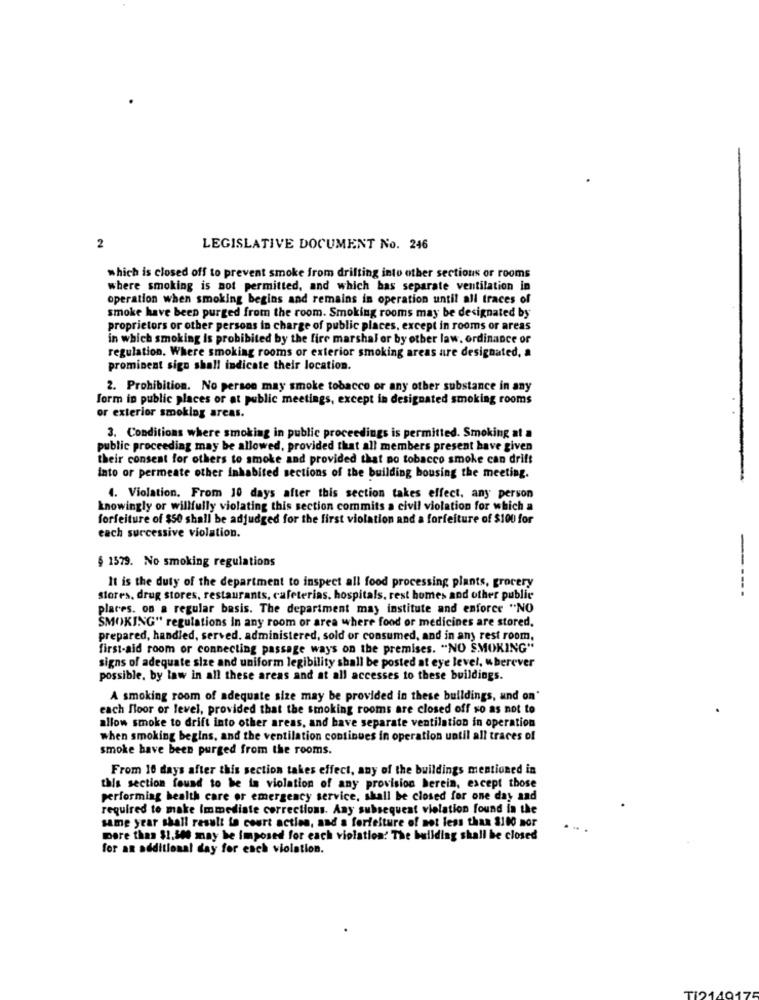
2
LEGISLATIVE DOCUMENT No. 246
which is closed off to prevent smoke from drifting into other sections or rooms
where smoking is not permitted, and which has separate ventilation in
operation when smoking begins and remains in operation until all traces of
smoke have been purged from the room. Smoking rooms may be designated by
proprietors or other persons in charge of public places, except in rooms or areas
in which smoking Is prohibited by the fire marshal or by other law, ordinance or
regulation. Where smoking rooms or exterior smoking areas are designated, a
prominent sign shall indicate their location.
2. Prohibition. No person may smoke tobacco or any other substance in any
form in public places or at public meetings, except in designated smoking rooms
or exterior smoking areas.
3. Conditions where smoking in public proceedings is permitted. Smoking at a
public proceeding may be allowed, provided that all members present have given
their consent for others to smoke and provided that no tobacco smoke can drift
into or permeate other inhabited sections of the building bousing the meeting.
4. Violation. From 10 days after this section takes effect, any person
knowingly or willfully violating this section commits a civil violation for which a
forfeiture of $50 shall be adjudged for the first violation and a forfeiture of $100 for
each successive violation.
§ 1579. No smoking regulations
It is the duty of the department to inspect all food processing plants, grocery
-----
stores, drug stores, restaurants, cafeterias. hospitals, rest homes and other public
places. on a regular basis. The department may institute and enforce "NO
SMOKING" regulations In any room or area where food or medicines are stored.
prepared, handled, served. administered, sold or consumed, and in any rest room,
first-aid room or connecting passage ways on the premises. "NO SMOKING"
signs of adequate size and uniform legibility shall be posted at eye level, wherever
possible. by law in all these areas and at all accesses to these buildings.
A smoking room of adequate size may be provided in these buildings, and on'
each floor or level, provided that the smoking rooms are closed off so as not to
allow smoke to drift into other areas, and have separate ventilation in operation
when smoking begins, and the ventilation continues in operation until all traces of
smoke have been purged from the rooms.
From 10 days after this section takes effect, any of the buildings mentioned in
this section found to be in violation of any provision berein, except those
performing health care or emergency service, shall be closed for one day and
required to make Immediate corrections. Any subsequent violation found in the
same year shall result to court action, and a forfeiture of not less than $100 nor
more than $1.500 may be imposed for each violation: The building shall be closed
for an additional day for each violation.